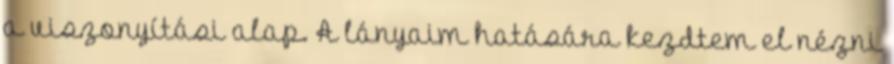
a viszonyítási alap. A lányaim hatására kezdtem el nézni